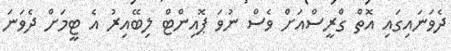
ދެވަނައިގައި އޮތް ގްރީސްއަށް ވެސް ނުވަ ޕޮއިންޓް ލިބޭއިރު އެ ޓީމަށް ދެވަނަ